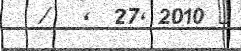
/